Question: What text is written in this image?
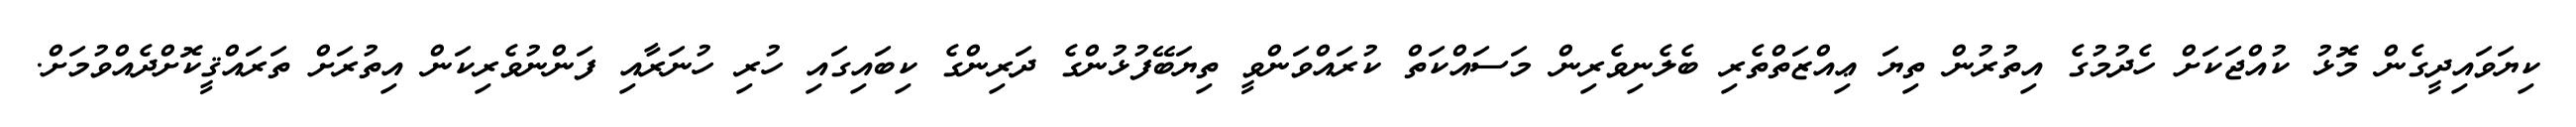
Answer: ކިޔަވައިދީގެން މޮޅު ކުއްޖަކަށް ހެދުމުގެ އިތުރުން ތިޔަ ޢިއްޒަތްތެރި ބެލެނިވެރިން މަސައްކަތް ކުރައްވަންވީ ތިޔަބޭފުޅުންގެ ދަރިންގެ ކިބައިގައި ހުރި ހުނަރާއި ފަންނުވެރިކަން އިތުރަށް ތަރައްޤީކޮށްދެއްވުމަށް.